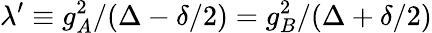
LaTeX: \lambda^{\prime}\equiv g_{A}^{2}/(\Delta-\delta/2)=g_{B}^{2}/(\Delta+\delta/2)